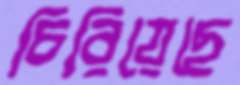
চিরিয়েছে